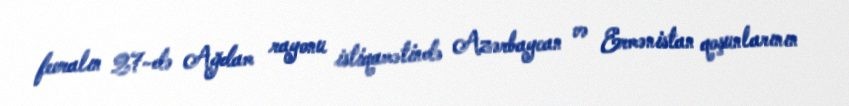
fevralın 27-də Ağdam rayonu istiqamətində Azərbaycan və Ermənistan qoşunlarının